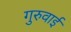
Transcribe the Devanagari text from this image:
गुरुवाई